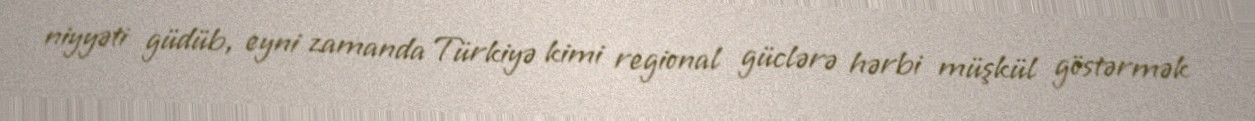
niyyəti güdüb, eyni zamanda Türkiyə kimi regional güclərə hərbi müşkül göstərmək